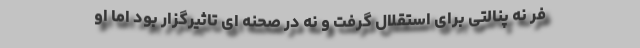
فر نه پنالتی برای استقلال گرفت و نه در صحنه ای تاثیرگزار بود اما او